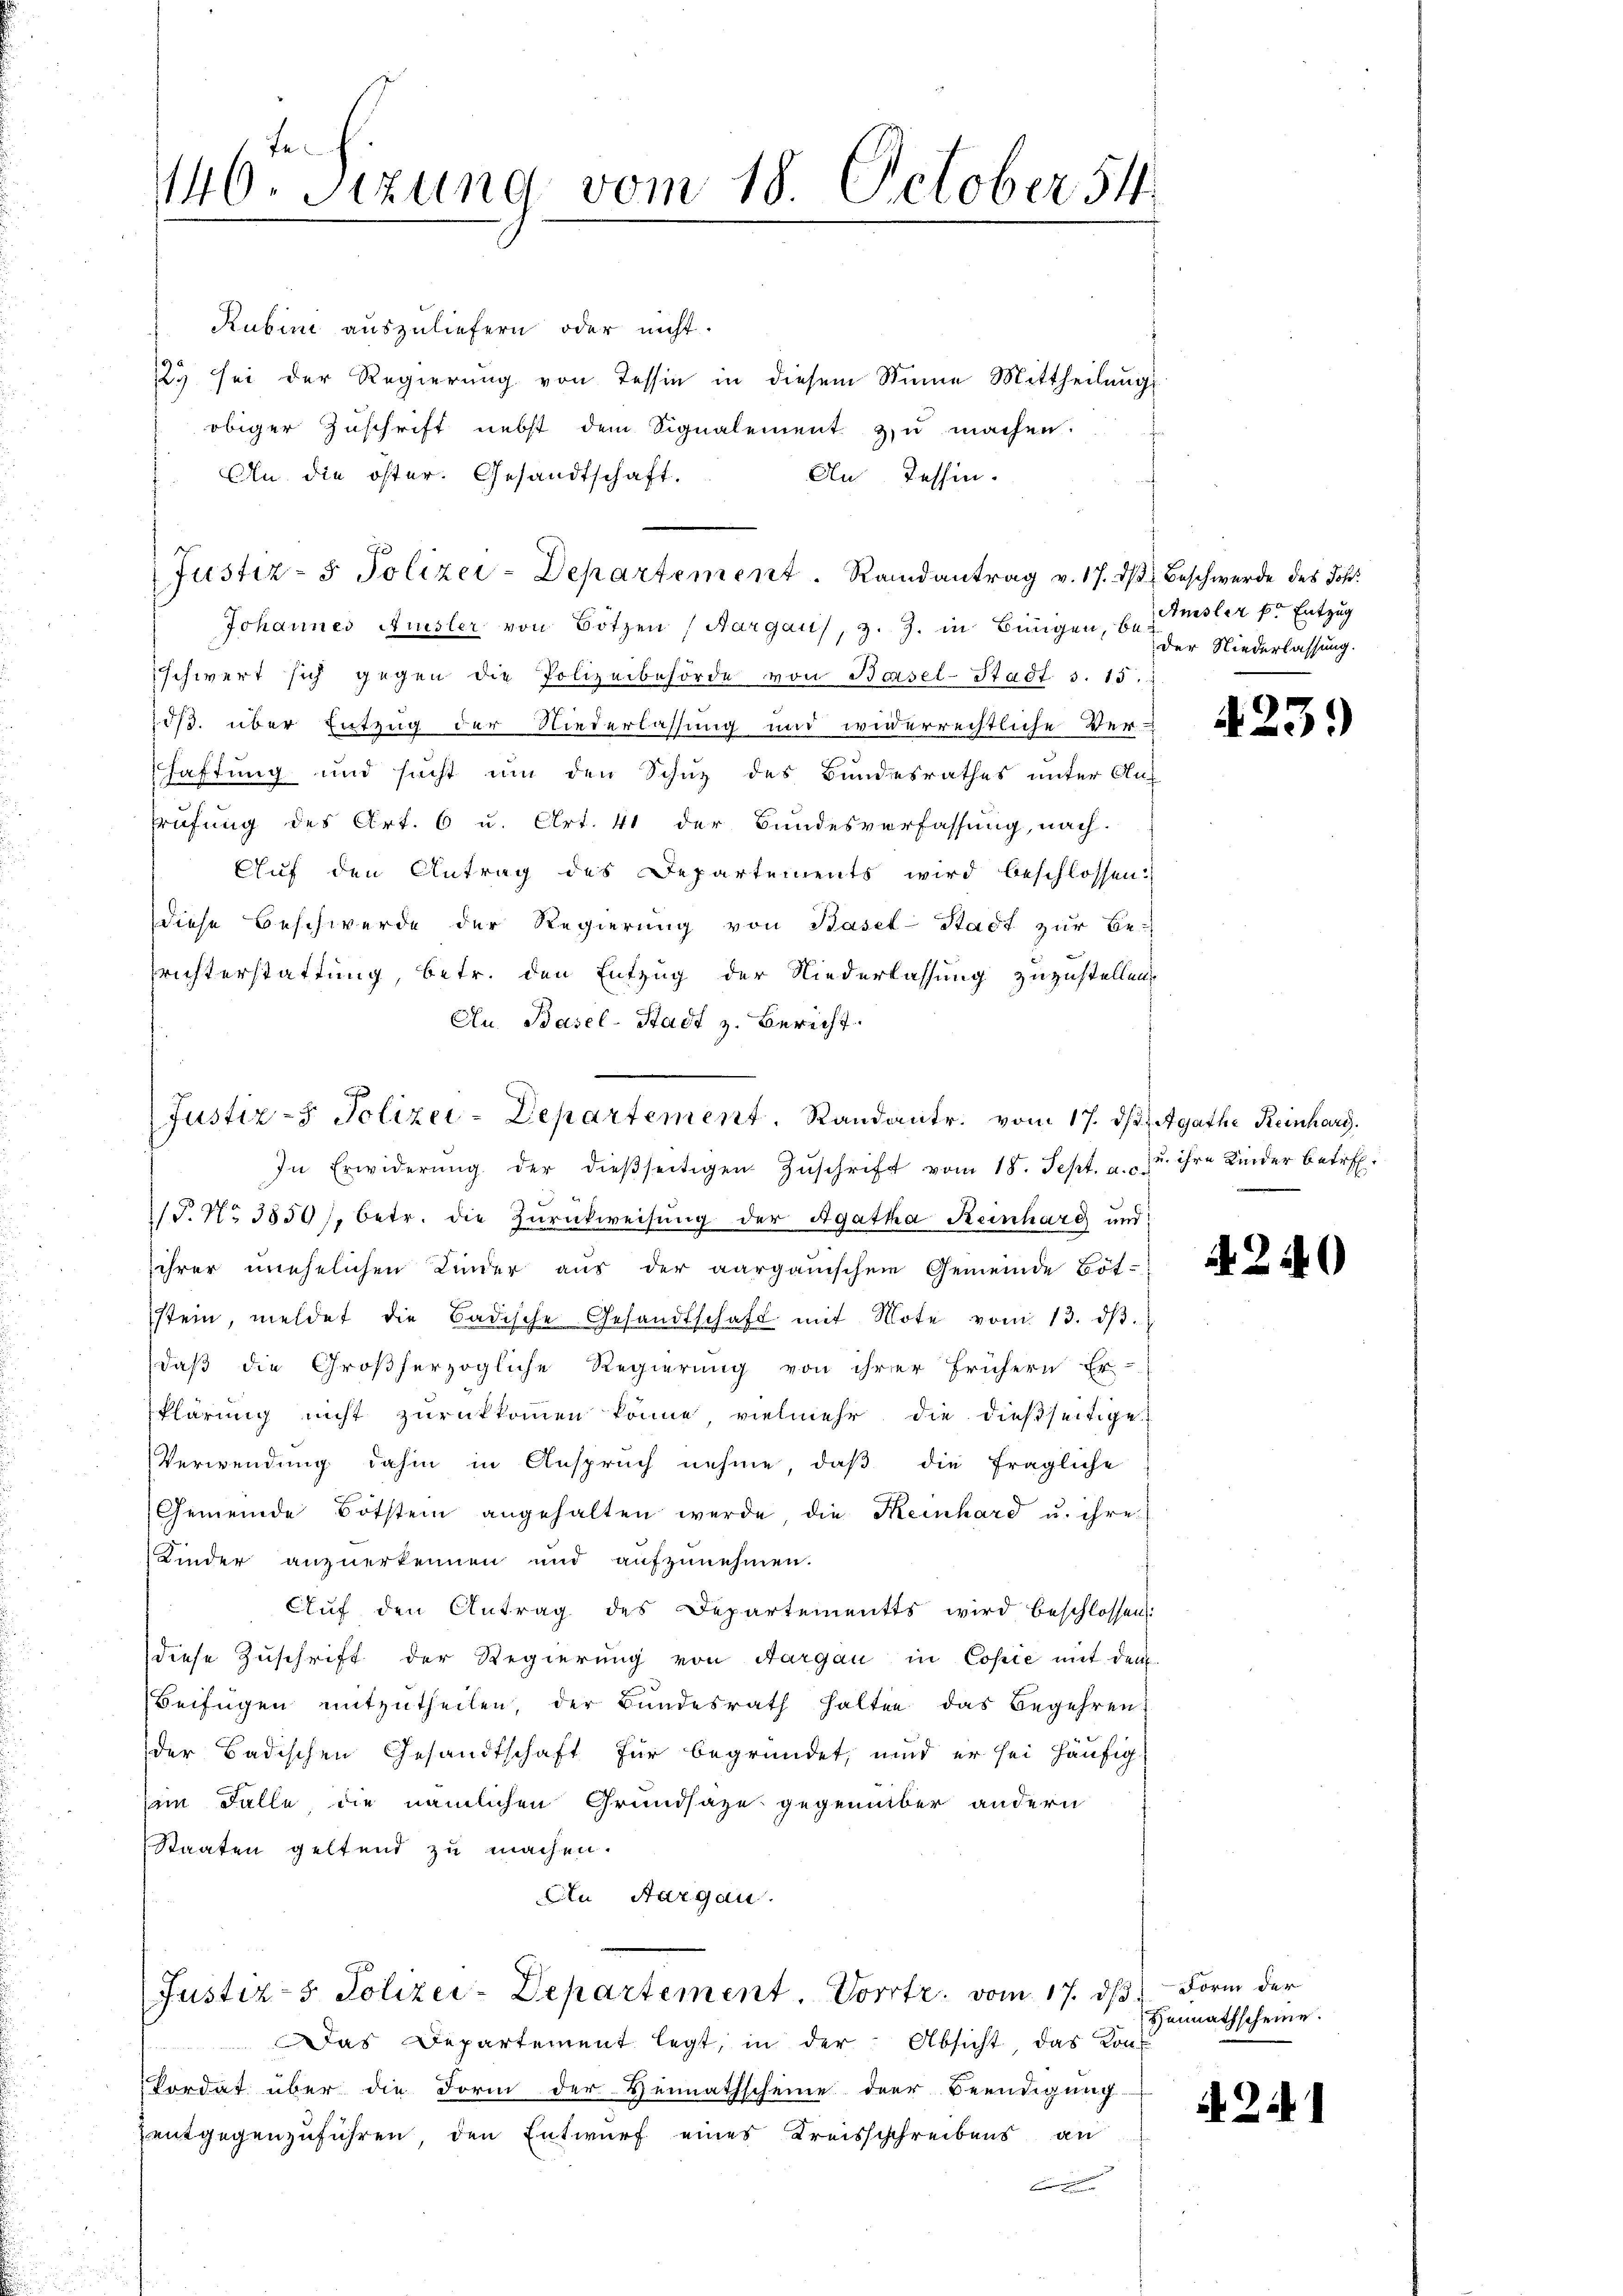
146. Sizung vom 18. October 54

Rubini auszuliefern oder nicht.
123 sei der Regierung von Tessin in diesem Sinne Mittheilungs
obiger Zuschrift nebst dem Signalement zu machen.
An die öster. Gesandtschaft.
An Tessin.
Johannes Amsler von Botzen (Aargaus, z. Z. in Bingen, u. misler k. Entzug
schwert sich gegen die Polizeibehörde von Basel-Stadt s. 15.
öß. über Entzug der Niederlassung und widerrechtliche Ver-
shaftung und sucht um den Schuz des Bundesrathes unter Auf
Prüfung des Art. 6 u. Art. 41 der Bundesverfassung, nach.
Auf den Antrag des Departements wird beschlossen:
diese Beschwerde der Regierŭng von Basel-Stadt zur Be-
richterstattung, betr. den Entzug der Niederlassung zuzustellen,
An Basel-Stadt z. Bericht.
f
Justiz- & Polizei-Departement. Randantr. vom 17. dh. Agathe Reinharg
In Erwiderŭng der dieβseitigen Zŭschrift vom 18. Sept. u. zu ihre Kinder betr.
/T. No 3859/, betr. die Zŭrückweisŭng der Agatha Keinhard und
ihrer unehelichen Kinder aus der aargauischen Gemeinde Böt-
stein, meldet die Badische Gesandtschaft mit Note vom 13. dβ.
daß die Großherzogliche Regierung von ihrer frühern Er-
Plärung nicht zurückkommen könne, vielmehr die dießseitige
Verwendung dahin in Anspruch nehme, daβ die fragliche
Gemeinde Botstein angehalten werde, die Heinhard u. ihre
Kinder anzuerkennen und aufzunehmen.
Aŭf den Antrag des Departements wird beschlossen:
diese Zuschrift der Regierung von Aargau in Copie mit dem
Beifügen mitzutheilen, der Bundesrath halten das Begehren
der Badischen Gesandtschaft für begründet, und er sei häufig-
im Falle die nämlichen Grundsaze gegenüber andern
Staaten geltend zu machen.
An Aargau.

Justiz- & Polizei-Departement. Randantrag v. 17. dβ Beschwerde des Joh.

Justiz- & Polizei-Departement. Vorrtr. vom 17. ds Form der

Das Departement legt, in der Absicht das Konkordat über die Form der Hennathscheine der Beendigung
entgegenzuführen den Entwurf eines Kreisschreibens an

der Niederlassung.

423.

2.2.

2

Hennathscheine.

¬